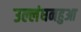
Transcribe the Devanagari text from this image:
उल्लंघनहुआ